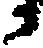
か